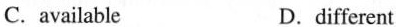
C.available